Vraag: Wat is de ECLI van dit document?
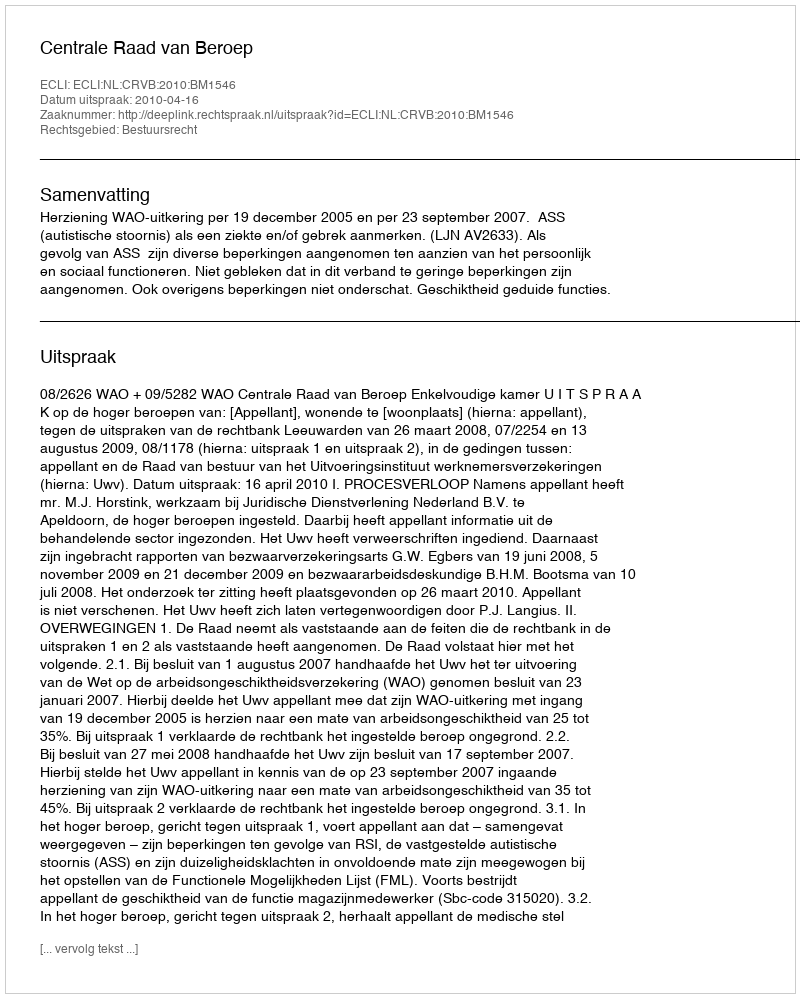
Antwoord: ECLI:NL:CRVB:2010:BM1546